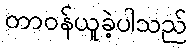
တာဝန်ယူခဲ့ပါသည်